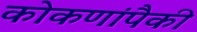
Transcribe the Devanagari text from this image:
कोकणांपैकी